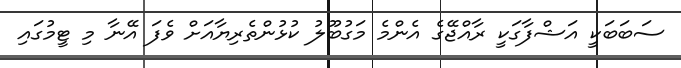
ސަބަބަކީ އަޝްފާގަކީ ރާއްޖޭގެ އެންމެ މަގުބޫލު ކުޅުންތެރިޔާއަށް ވެފަ އޭނާ މި ޓީމުގައި